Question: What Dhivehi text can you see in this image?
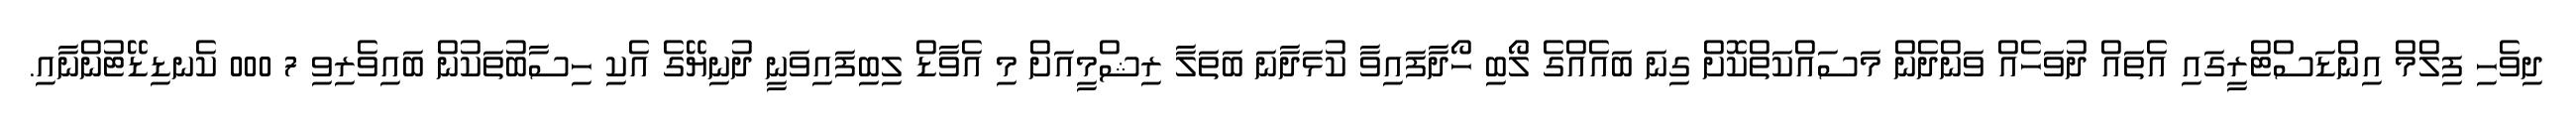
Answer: ދިވެހި ފިލްމް އިންޑަސްޓްރީގައި އެތައް ދުވަހެއް ވަންދެން މަސައްކަތްކޮށް ގިނަ ބައެއްގެ ލޯބި ހޯދާފައިވާ ކުޅަދާނަ ބަތަލާ ރިޝްމީއަށް މި އެވާޑް ލިބިފައިވަނީ ދުނިޔޭގެ އެކި ހިސާބުތަކުން ބައިވެރިވި 7 000 ކެނޑިޑޭޓުންނާއި.